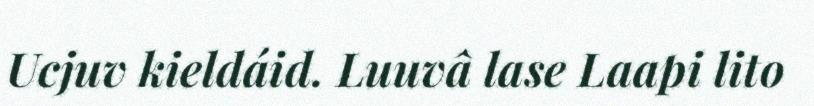
Ucjuv kieldáid. Luuvâ lase Laapi lito